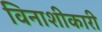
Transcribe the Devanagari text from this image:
विनाशीकारी